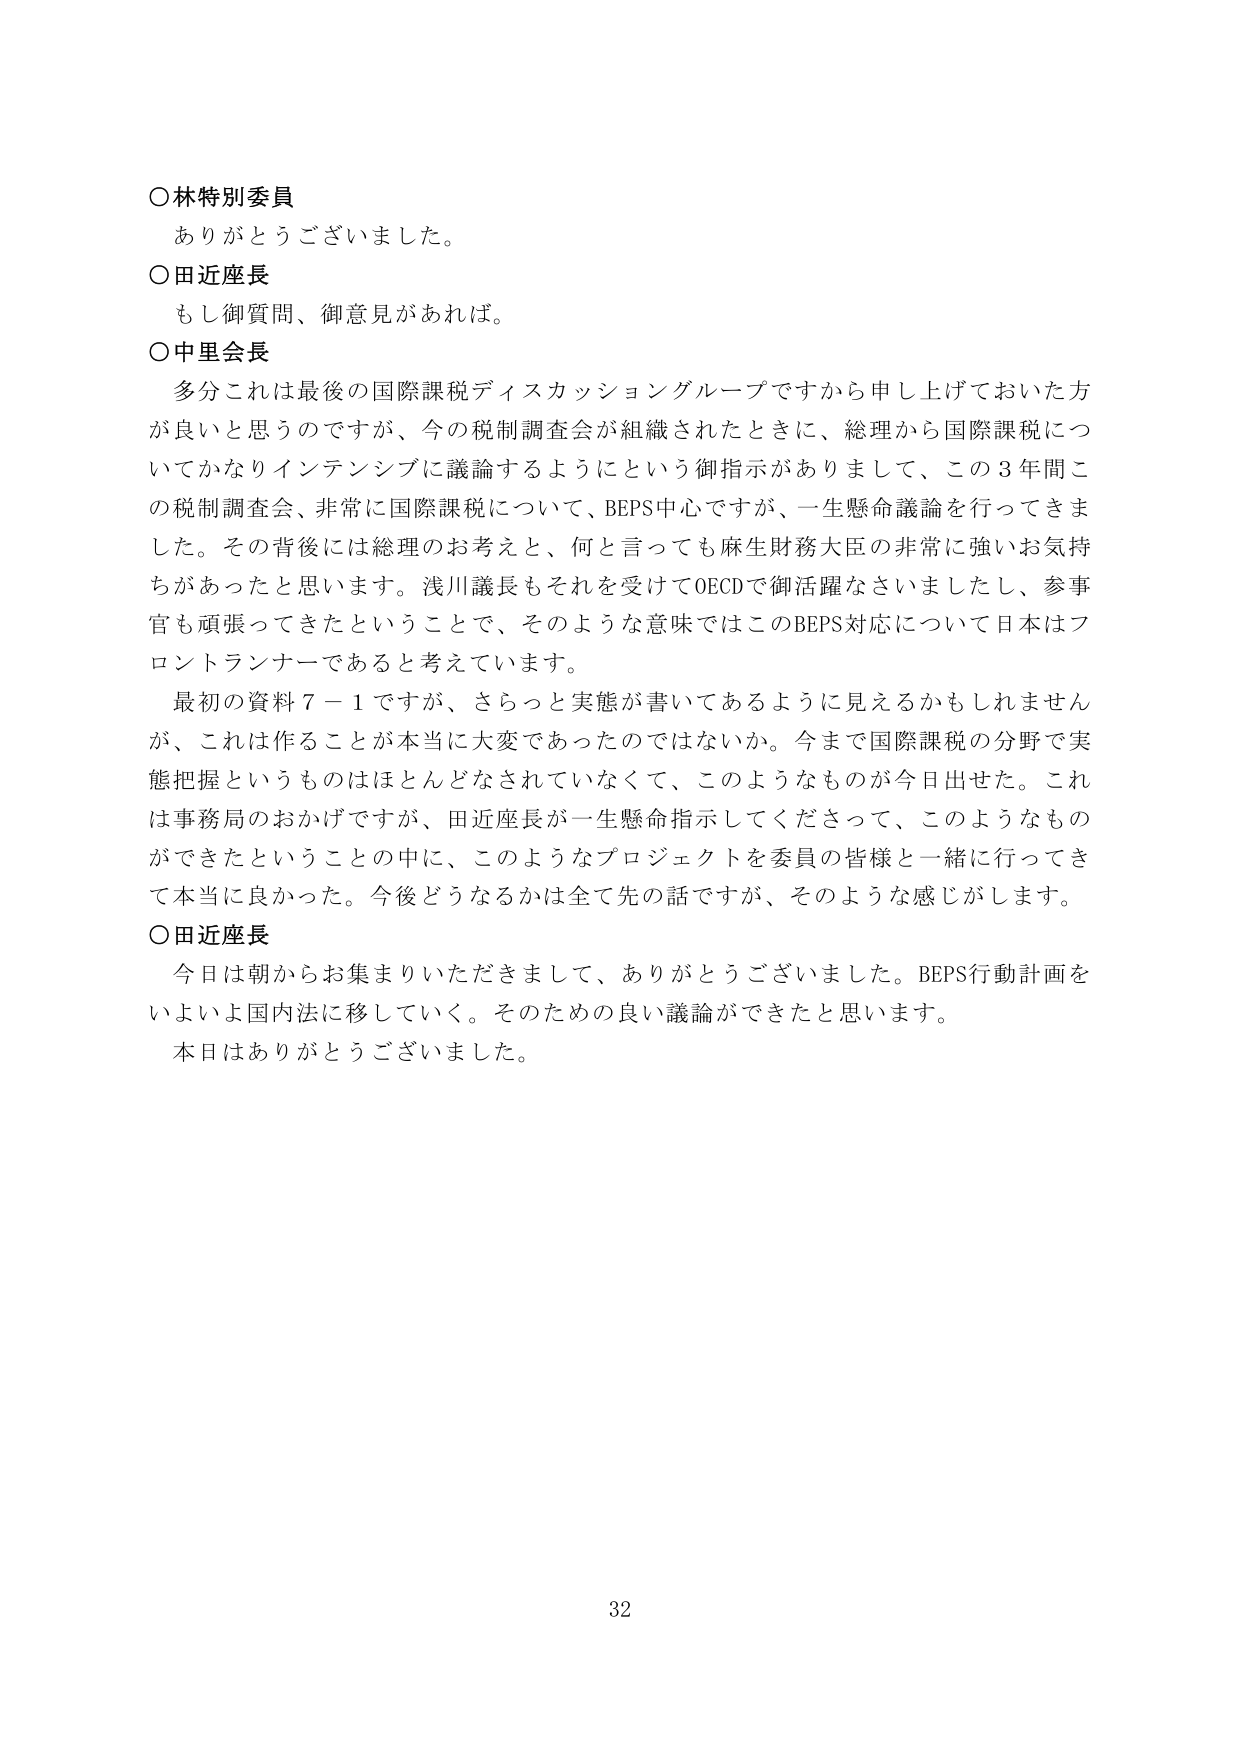
○林特別委員
ありがとうございました。

○田近座長
もし御質問、御意見があれば。

○中里会長
多分これは最後の国際課税ディスカッショングループですから申し上げておいた方が良いと思うのですが、今の税制調査会が組織されたときに、総理から国際課税についてかなりインテンシブに議論するようにという御指示がありましたて、この3年間この税制調査会、非常に国際課税について、BEPS中心ですが、一生懸命議論を行ってきました。その背後には総理のお考えと、何と言っても麻生財務大臣の非常に強いお気持ちがあったと思います。浅川議長もそれを受けてOECDで御活躍なさいましたし、参事官も頑張ってきたということで、そのような意味ではこのBEPS対応について日本はフロントランナーであると考えています。

最初の資料7－1ですが、さらっと実態が書いてあるように見えるかもしれませんが、これは作ることが本当に大変であったのではないか。今まで国際課税の分野で実態把握というものはほとんどなされていなくて、このようなものが今日出せた。これは事務局のおかげですが、田近座長が一生懸命指示してくださって、このようなものができたということの中に、このようなプロジェクトを委員の皆様と一緒に行ってきて本当に良かった。今後どうなるかは全て先の話ですが、そのような感じがします。

○田近座長
今日は朝からお集まりいただきまして、ありがとうございました。BEPS行動計画をいよいよ国内法に移していく。そのための良い議論ができたと思います。
本日はありがとうございました。

32